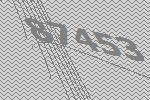
87453